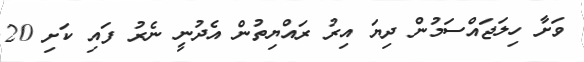
ވަށާ ހިލަޖައްސަމުން ދިޔަ އިރު ރައްޔިތުން އެދުނީ ނެރު ފައި ކަށި 20